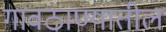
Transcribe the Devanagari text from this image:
गावठाण्यातील